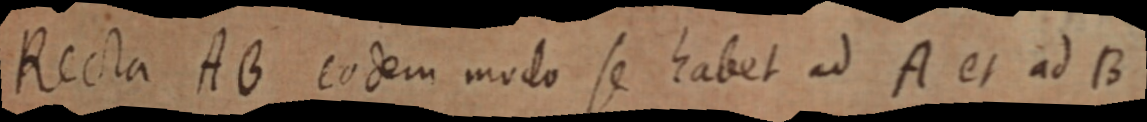
Recta AB eodem modo se habet ad A et ad B